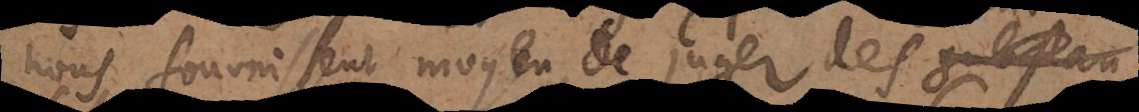
nous fournissent moyen de juger des substan